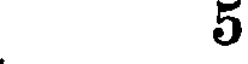
5